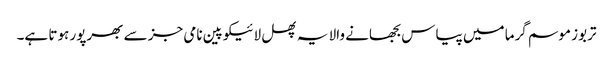
تربوز موسم گرما میں پیاس بجھانے والا یہ پھل لائیکوپین نامی جز سے بھرپور ہوتا ہے۔